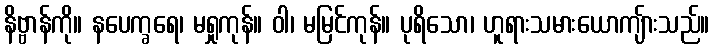
နိဗ္ဗာန်ကို။ နပေက္ခရေ၊ မရှုကုန်။ ဝါ၊ မမြင်ကုန်။ ပုရိသော၊ ဟူရားသမားယောကျ်ားသည်။